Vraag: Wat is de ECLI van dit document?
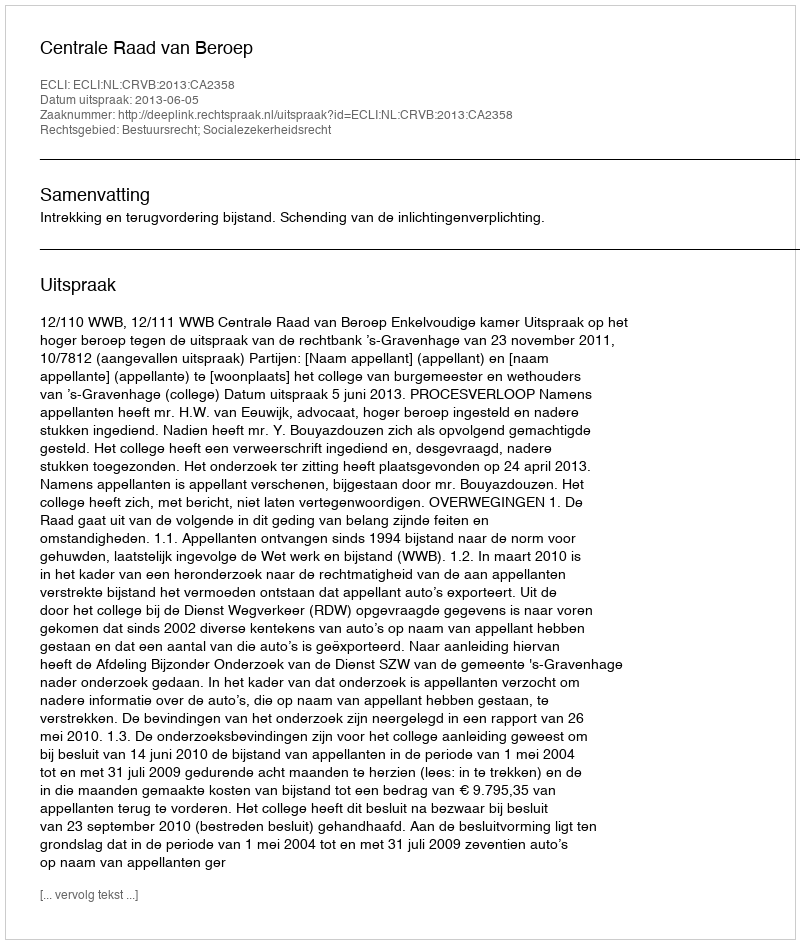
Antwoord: ECLI:NL:CRVB:2013:CA2358